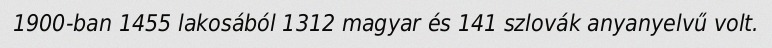
1900-ban 1455 lakosából 1312 magyar és 141 szlovák anyanyelvű volt.